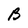
Character: B